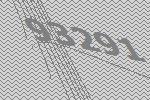
93291